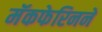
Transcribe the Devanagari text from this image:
मॅकफेरिनने